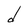
Character: d